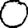
Digit: 0